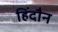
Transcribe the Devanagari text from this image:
हिंदौन